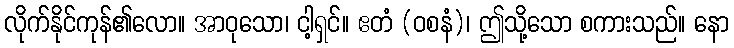
လိုက်နိုင်ကုန်၏လော။ အာဝုသော၊ ငါ့ရှင်။ ဧတံ (ဝစနံ)၊ ဤသို့သော စကားသည်။ နော